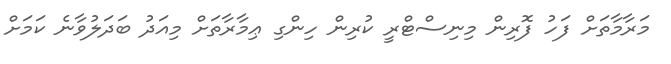
މަރާމާތަށް ފަހު ފޮރިން މިނިސްޓްރީ ކުރިން ހިންގި ޢިމާރާތަށް މިއަދު ބަދަލުވާނެ ކަމަށް